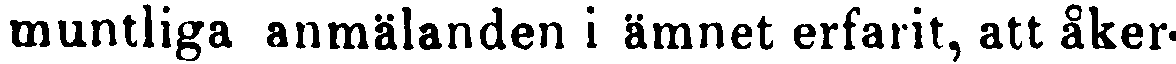
muntliga anmälanden i ämnet erfarit, att åker-